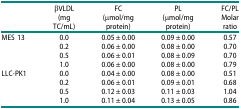
|  | βVLDL | FC | PL | FC/PL |
 |  | (mg TC/mL) | (μmol/mg protein) | (μmol/mg protein) | Molar ratio |
 | --- | --- | --- | --- | --- |
 | MES 13 | 0.0 | 0.05 ± 0.00 | 0.09 ± 0.00 | 0.57 |
 |  | 0.2 | 0.06 ± 0.00 | 0.08 ± 0.00 | 0.70 |
 |  | 0.5 | 0.06 ± 0.01 | 0.08 ± 0.09 | 0.70 |
 |  | 1.0 | 0.06 ± 0.00 | 0.08 ± 0.00 | 0.79 |
 | LLC-PK1 | 0.0 | 0.04 ± 0.00 | 0.08 ± 0.00 | 0.51 |
 |  | 0.2 | 0.06 ± 0.01 | 0.09 ± 0.01 | 0.68 |
 |  | 0.5 | 0.12 ± 0.03 | 0.11 ± 0.03 | 1.04 |
 |  | 1.0 | 0.11 ± 0.04 | 0.13 ± 0.05 | 0.86 |